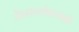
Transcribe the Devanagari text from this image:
जैनधर्मावलंबी